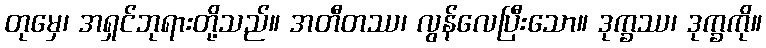
တုမှေ၊ အရှင်ဘုရားတို့သည်။ အတီတဿ၊ လွန်လေပြီးသော။ ဒုက္ခဿ၊ ဒုက္ခကို။